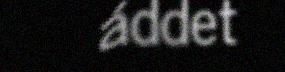
áddet